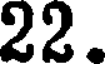
22.